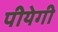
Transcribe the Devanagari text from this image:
पीयेगी